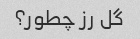
گل رز چطور؟